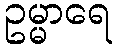
ဥမ္မာရေ